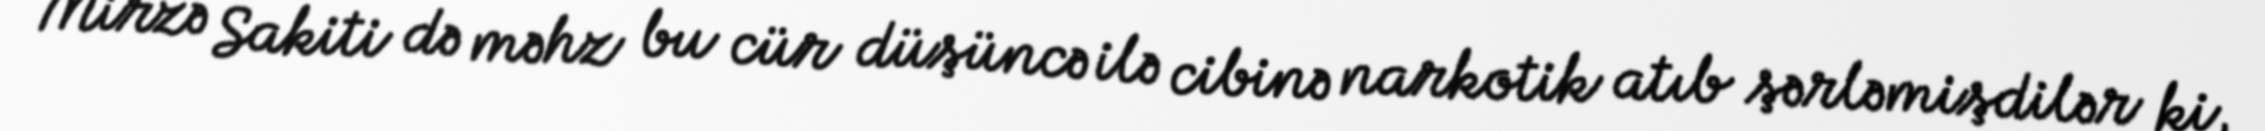
Mirzə Sakiti də məhz bu cür düşüncə ilə cibinə narkotik atıb şərləmişdilər ki,